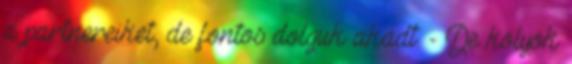
a partnereiket, de fontos dolguk akadt. - De kölyök